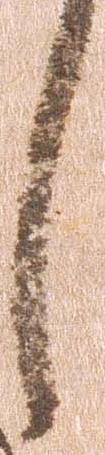
し